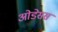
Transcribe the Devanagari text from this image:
ओडेसस